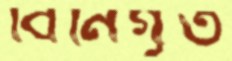
বিনিগৃত